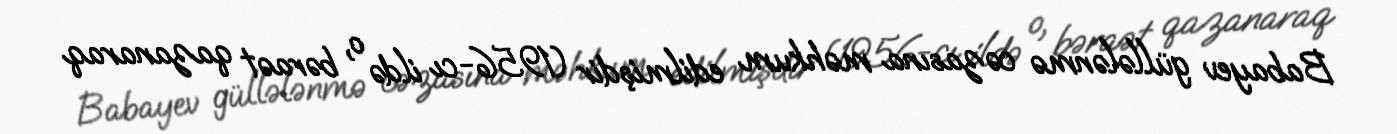
Babayev güllələnmə cəzasına məhkum edilmişdir (1956-cı ildə o, bəraət qazanaraq